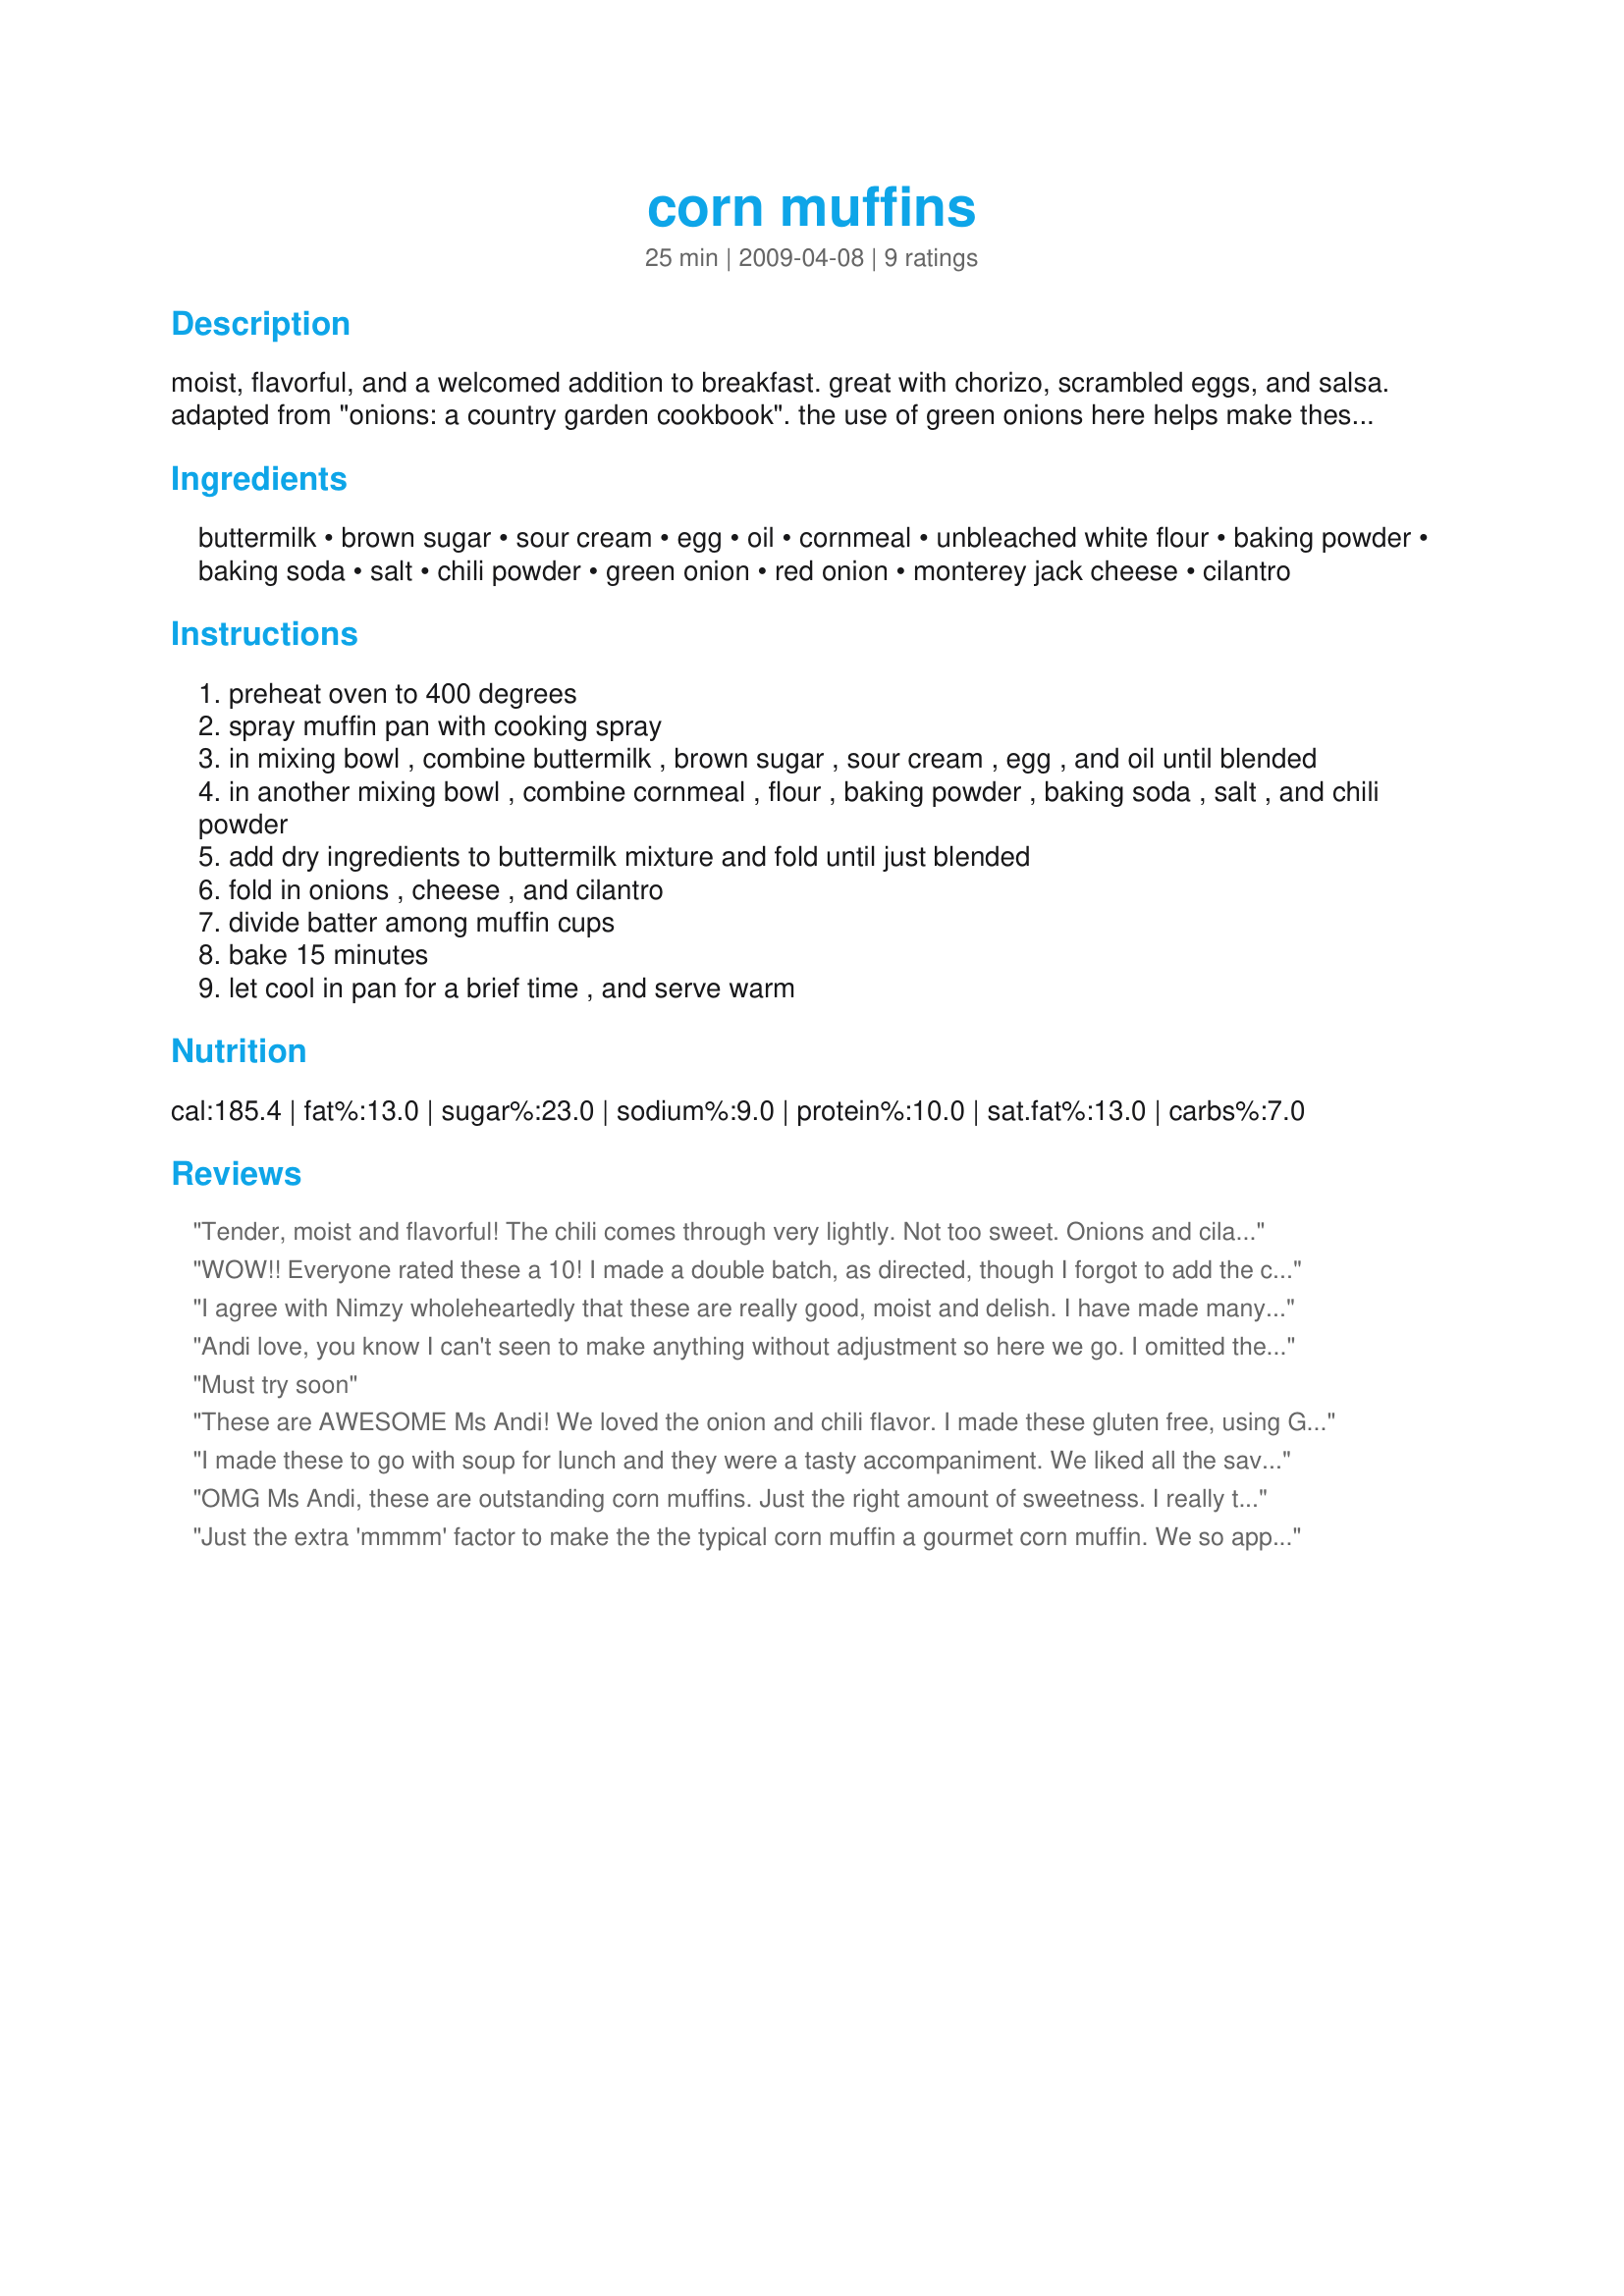
corn muffins
Preparation time: 25 minutes

moist, flavorful, and a welcomed addition to breakfast. great with chorizo, scrambled eggs, and salsa. adapted from "onions: a country garden cookbook". the use of green onions here helps make these muffins so zesty as well as the optional use of ancho or chipotle powder for more of a spice. either way, on as a sunday supper on the farm, or for a later sunday breakfast you can't go wrong. remember you have a ton of work out in the garden ....so you better fill up now.

Ingredients:
buttermilk, brown sugar, sour cream, egg, oil, cornmeal, unbleached white flour, baking powder, baking soda, salt, chili powder, green onion, red onion, monterey jack cheese, cilantro

Steps:
preheat oven to 400 degrees
spray muffin pan with cooking spray
in mixing bowl , combine buttermilk , brown sugar , sour cream , egg , and oil until blended
in another mixing bowl , combine cornmeal , flour , baking powder , baking soda , salt , and chili powder
add dry ingredients to buttermilk mixture and fold until just blended
fold in onions , cheese , and cilantro
divide batter among muffin cups
bake 15 minutes
let cool in pan for a brief time , and serve warm

Reviews:
Tender, moist and flavorful! The chili comes through very lightly. Not too sweet. Onions and cilantro was a yummy touch. Served with carnitas.
WOW!! Everyone rated these a 10! I made a double batch, as directed, though I forgot to add the cilantro at the end. Nonetheless, they were terrific. I will be making these again, soon. Thanks for sharing this marvelous recipe.
I agree with Nimzy wholeheartedly that these are really good, moist and delish. I have made many a recipe for cornmuffins and these stand out. Since I am a sweet freak, I"m going to go out on a limb and say it's the added brown sugar. A first for me in making cornmuffins. I did add the optional chili powder too which I think came thru just perfectly. I did omit the onion(s) listed per families request. I didn't have fresh cilantro (I know...I wish I had) and so used 1/2 t. of dried. These went very well with my dinner of steaks on the grill and baked potatoes. 
Made for I Recommend~
Andi love, you know I can't seen to make anything without adjustment so here we go. I omitted the sugar entirely and used 3/4 cup of whole wheat flour with a 1/2 cup of unbleached white. The cheese was fat reduced. Loved the use of buttermilk and sour cream (fat free) along with the onions, chili powder and cilantro. The texture came out light and perfect, the flavor is marvelous!
Must try soon
These are AWESOME Ms Andi! We loved the onion and chili flavor.
I made these gluten free, using GF flour, and had to sub some things as I didn't check the pantry before I started mixing: I subbed yogurt for the sour cream, applesauce for the oil, and the muffins still came out wonderfully moist and flavorful. A definite keeper recipe that came together quickly and baked up beautifully! Made for EVERYDAY IS A HOLIDAY TAG, January 2010!
I made these to go with soup for lunch and they were a tasty accompaniment. We liked all the savor flavors - the onion, chili powder, and cilantro. There was a little too much brown sugar for our tastes, with all the great flavors.
OMG Ms Andi, these are outstanding corn muffins. Just the right amount of sweetness. I really thought they were going to have a very powerful onion flavor, but it was just perfect for us. Loved the hint of chili powder too. I used lowfat buttermilk and light sour cream and left out the cilantro for personal preferences. This will be great with any soups, stews or chili dishes this winter. Thanks so much for sharing. Made for LiveStrong :)
Just the extra 'mmmm' factor to make the the typical corn muffin a gourmet corn muffin. We so appreciated this recipe today paired with our chili. Thank-you!
